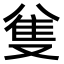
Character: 𠔟